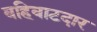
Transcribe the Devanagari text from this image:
वहिवाटदार